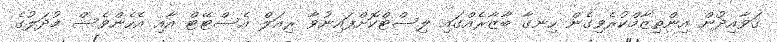
ގަވާއިދުން އިންތިޒާމްކުރެވިގެން ހިނގާ ބާޒާރެއްގައި ލިސްޓްކޮށްފައިނުވާ ރިއަލް އެސްޓޭޓް އާއި އެހެންވެސް މުދަލުގެ